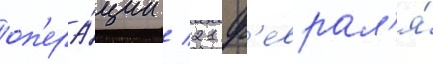
оп'ера́ции / 21 ф'еврал'я́